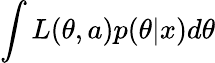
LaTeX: \int{L(\theta,a)p(\theta|x)d\theta}